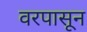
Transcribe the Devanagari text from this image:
वरपासून